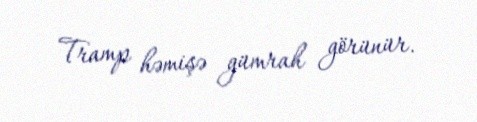
Tramp həmişə gümrah görünür.